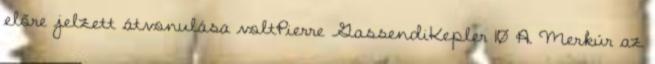
előre jelzett átvonulása voltPierre GassendiKepler 10 A Merkúr az